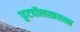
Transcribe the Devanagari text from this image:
फुटबॉलसारखा